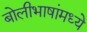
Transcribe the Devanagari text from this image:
बोलीभाषांमध्ये